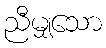
ညီမျှသော